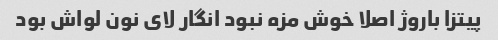
پیتزا باروژ اصلا خوش مزه نبود انگار لای نون لواش بود